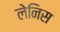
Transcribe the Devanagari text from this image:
लेनिस